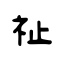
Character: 祉